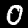
Digit: 0